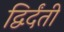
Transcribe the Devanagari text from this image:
द्विर्दंती